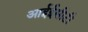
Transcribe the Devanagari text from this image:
आईईसीटी